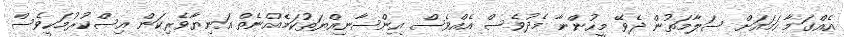
އެއްގަމާ ހަމައަށް ސަލާމަތުން ދެވޭ މީހުންނާ މެދުވެސް އެއްވެސް އިންސާނިއްޔަތުކަމެއްނެތް އަނިޔާވެރިކަން އިސްކުރުމަކީވެސް